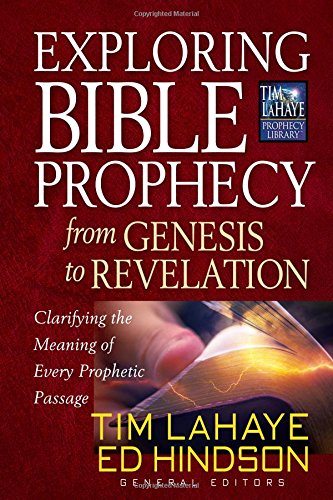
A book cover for Exploring Bible Prophecy from Genesis to Revelation: Clarifying the Meaning of Every Prophetic Passage (Tim LaHaye Prophecy Library); Steven Ger; Christian Books & Bibles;